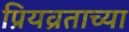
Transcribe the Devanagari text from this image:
प्रियव्रताच्या